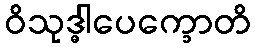
ဝိသုဒ္ဓါပေက္ခောတိ